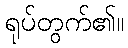
ရုပ်တွက်၏။